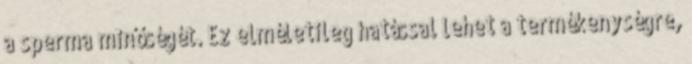
a sperma minőségét. Ez elméletileg hatással lehet a termékenységre,